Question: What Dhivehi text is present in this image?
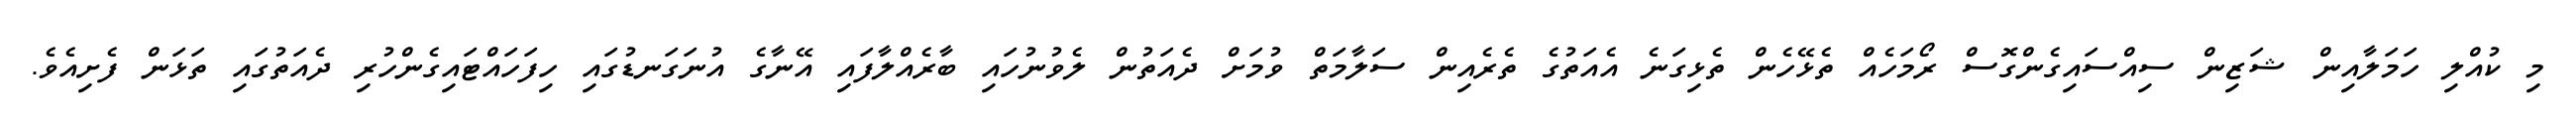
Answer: މި ކުއްލި ހަމަލާއިން ޝަޒިން ސިއްސައިގެންގޮސް ރޯމަހެއް ތެޅޭހެން ތެޅިގަނެ އެއަތުގެ ތެރެއިން ސަލާމަތް ވުމަށް ދެއަތުން ލެވުނުހައި ބާރެއްލާފައި އޭނާގެ އުނަގަނޑުގައި ހިފަހައްޓައިގެންހުރި ދެއަތުގައި ތަޅަން ފެށިއެވެ.